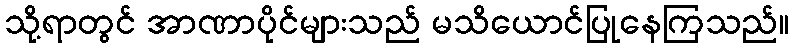
သို့ရာတွင် အာဏာပိုင်များသည် မသိယောင်ပြုနေကြသည်။